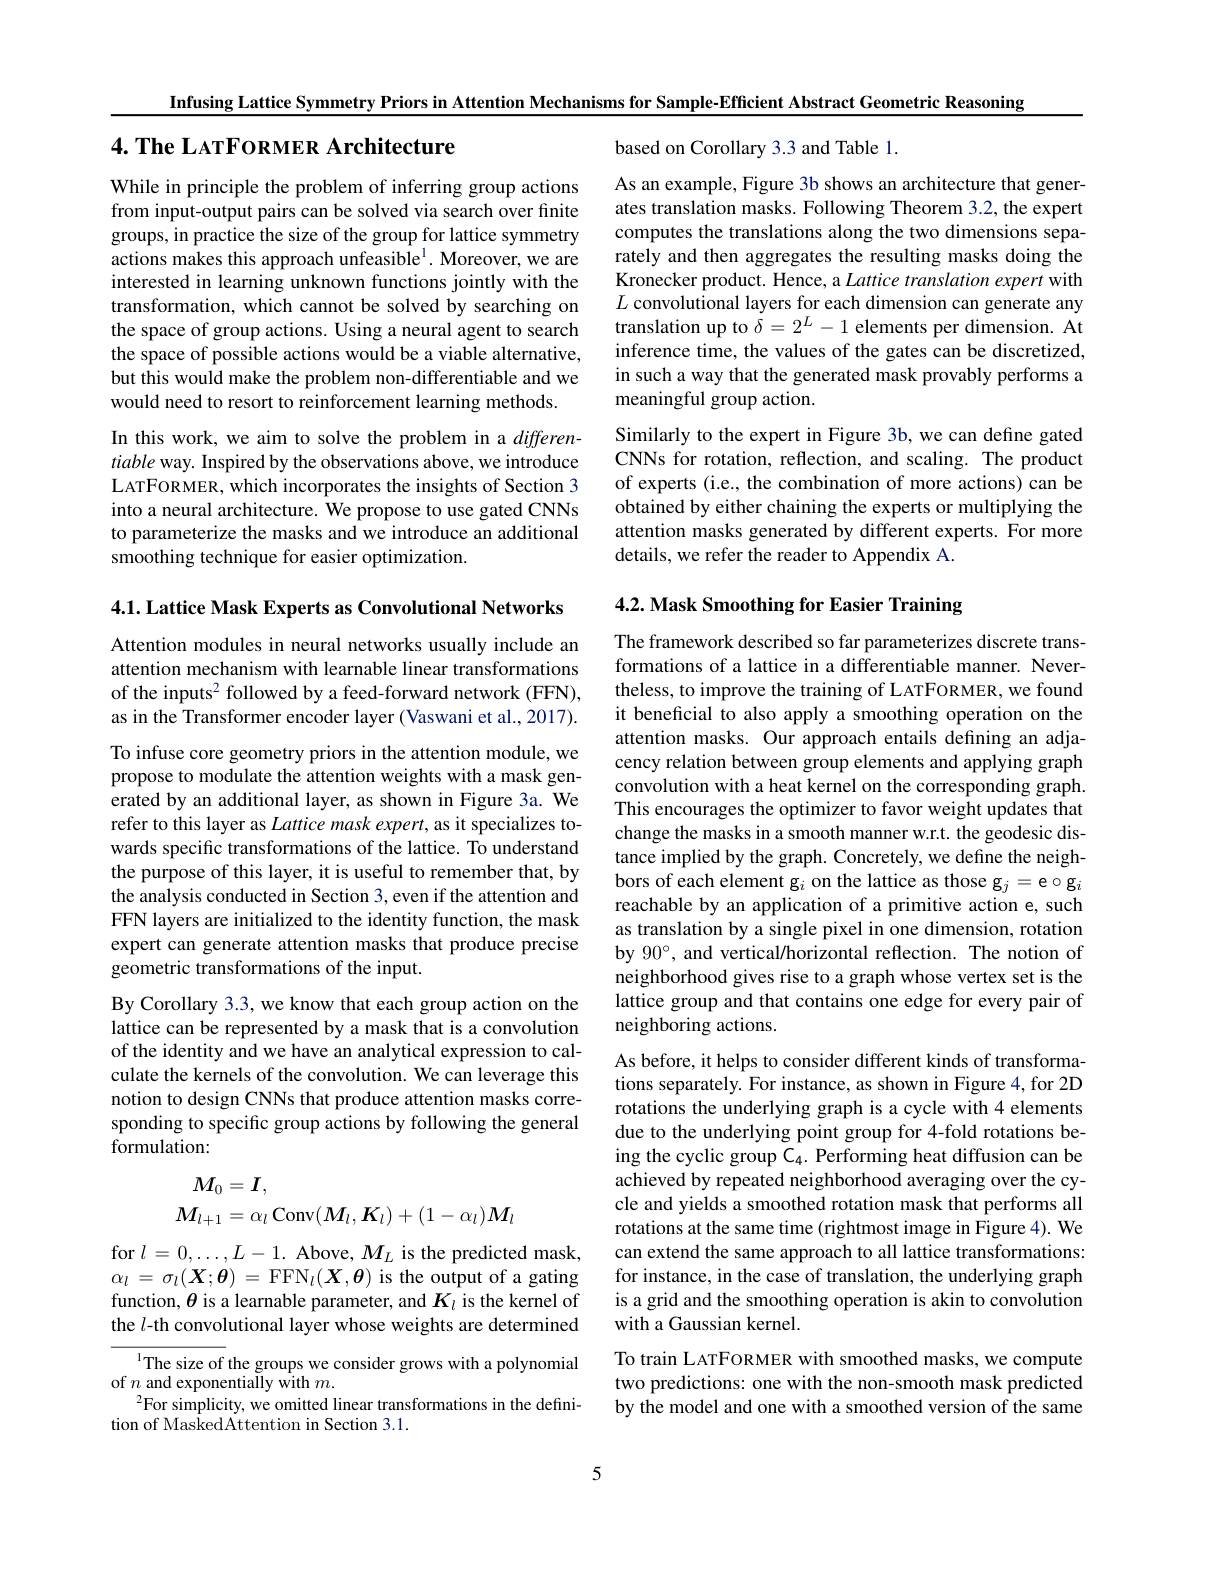
Infusing Lattice Symmetry Priors in Attention Mechanisms for Sample-Efficient Abstract Geometric Reasoning

4. The LATFORMER Architecture

based on Corollary 3.3 and Table 1

While in principle the problem of inferring group actions from input-output pairs can be solved via search over finite groups, in practice the size of the group for lattice symmetry actions makes this approach unfeasible$^1.$ Moreover, we are interested in learning unknown functions jointly with the transformation, which cannot be solved by searching on the space of group actions. Using a neural agent to search the space of possible actions would be a viable alternative, but this would make the problem non-differentiable and we would need to resort to reinforcement learning methods.

As an example, Figure 3b shows an architecture that generates translation masks. Following Theorem 3.2, the expert computes the translations along the two dimensions separately and then aggregates the resulting masks doing the Kronecker product. Hence, a Lattice translation expert with $L$ convolutional layers for each dimension can generate any translation up to $\dot{\delta}=2^L-1$ elements per dimension. At inference time, the values of the gates can be discretized, in such a way that the generated mask provably performs a meaningful group action.
Similarly to the expert in Figure 3b, we can define gated CNNs for rotation, reflection, and scaling. The product of experts (i.e., the combination of more actions) can be obtained by either chaining the experts or multiplying the attention masks generated by different experts. For more details, we refer the reader to Appendix A.

In this work, we aim to solve the problem in a $differen-$ tiable way. Inspired by the observations above, we introduce LATFORMER, which incorporates the insights of Section 3 into a neural architecture. We propose to use gated CNNs to parameterize the masks and we introduce an additional smoothing technique for easier optimization.

# 4.2. Mask Smoothing for Easier Training

4.1. Lattice Mask Experts as Convolutional Networks

Attention modules in neural networks usually include an attention mechanism with learnable linear transformations of the inputs$^2$ followed by a feed-forward network (FFN), as in the Transformer encoder layer (Vaswani et al., 2017).

The framework described so far parameterizes discrete transformations of a lattice in a differentiable manner. Nevertheless, to improve the training of LATFORMER, we found it beneficial to also apply a smoothing operation on the attention masks. Our approach entails defining an adjacency relation between group elements and applying graph convolution with a heat kernel on the corresponding graph. This encourages the optimizer to favor weight updates that change the masks in a smooth manner w.r.t. the geodesic distance implied by the graph. Concretely, we define the neighbors of each element g$_i$ on the lattice as those g$_j=$e$\circ$g$_i$ reachable by an application of a primitive action e, such as translation by a single pixel in one dimension, rotation by $90^\circ$, and vertical/horizontal reflection. The notion of neighborhood gives rise to a graph whose vertex set is the lattice group and that contains one edge for every pair of neighboring actions.

To infuse core geometry priors in the attention module, we propose to modulate the attention weights with a mask generated by an additional layer, as shown in Figure 3a. We refer to this layer as Lattice mask expert, as it specializes towards specific transformations of the lattice. To understand the purpose of this layer, it is useful to remember that, by the analysis conducted in Section 3, even if the attention and FFN layers are initialized to the identity function, the mask expert can generate attention masks that produce precise geometric transformations of the input.
By Corollary 3.3, we know that each group action on the lattice can be represented by a mask that is a convolution of the identity and we have an analytical expression to calculate the kernels of the convolution. We can leverage this notion to design CNNs that produce attention masks corresponding to specific group actions by following the general formulation:
$$\begin{aligned}M_{0}&=\boldsymbol{I},\\M_{l+1}&=\alpha_{l}\operatorname{Conv}(\boldsymbol{M}_{l},\boldsymbol{K}_{l})+(1-\alpha_{l})\boldsymbol{M}_{l}\end{aligned}$$
As before, it helps to consider different kinds of transformations separately. For instance, as shown in Figure 4, for 2D rotations the underlying graph is a cycle with 4 elements due to the underlying point group for 4-fold rotations being the cyclic group C$_4.$ Performing heat diffusion can be achieved by repeated neighborhood averaging over the cycle and yields a smoothed rotation mask that performs all rotations at the same time (rightmost image in Figure 4). We can extend the same approach to all lattice transformations: for instance, in the case of translation, the underlying graph is a grid and the smoothing operation is akin to convolution with a Gaussian kernel
To train L ATFORMER with smoothed masks, we compute two predictions: one with the non-smooth mask predicted

for $l=0,\ldots,L-1.$ Above, $M_L$ is the predicted mask, $\alpha_{l}=\sigma_{l}(\boldsymbol{X};\boldsymbol{\theta})=$FFN$_l(\boldsymbol{X},\boldsymbol{\theta})$ is the output of a gating function, $\theta$ is a learnable parameter, and $K_l$ is the kernel of the $l$-th convolutional layer whose weights are determined
${^{1}\text{The size of the groups we consider grows with a polynomial}}$
of $n$ and exponentially with $m.$
$^{2}$For simplicity, we omitted linear transformations in the defini-
tion of MaskedAttention in Section 3.1.

by the model and one with a smoothed version of the same

5